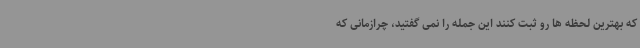
که بهترین لحظه ها رو ثبت کنند این جمله را نمی گفتید، چرازمانی که